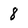
Character: 8